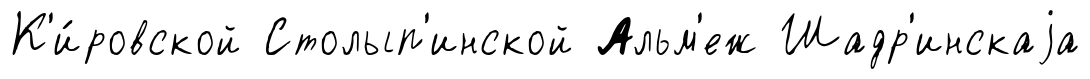
К'и́ровской Столып'инской Альм'еж Шадр'инскаjа